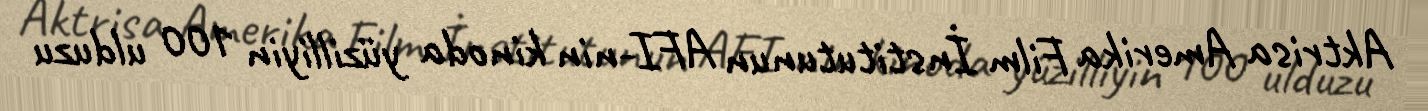
Aktrisa Amerika Film İnstitutunun AFI-nin kinoda yüzilliyin 100 ulduzu